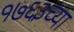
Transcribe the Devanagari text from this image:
१७६३च्या